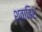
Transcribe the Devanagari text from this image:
श्वाबिश